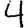
Digit: 4